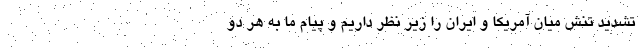
تشدید تنش میان آمریکا و ایران را زیر نظر داریم و پیام ما به هر دو